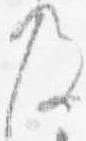
及